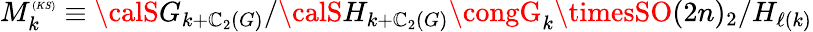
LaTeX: M_{k}^{\tiny(KS)}\equiv{\calS}G_{k+\mathbb{C}_{2}(G)}/{\calS}H_{k+\mathbb{C}_{2}(G)}\congG_{k}\timesSO(2n)_{2}/H_{\ell(k)}